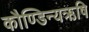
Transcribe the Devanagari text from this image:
कौण्डिन्यऋषि